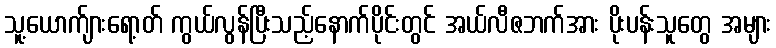
သူ့ယောက်ျားရော့တ် ကွယ်လွန်ပြီးသည့်နောက်ပိုင်းတွင် အယ်လီဇဘက်အား ပိုးပန်းသူတွေ အများ